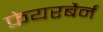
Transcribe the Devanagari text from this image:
फेयरबैर्न